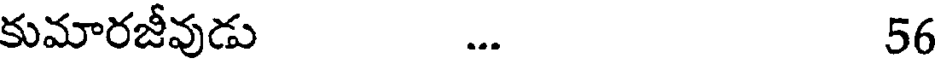
కుమారజీవుడు ... 56